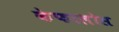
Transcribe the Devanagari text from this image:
केफालोस